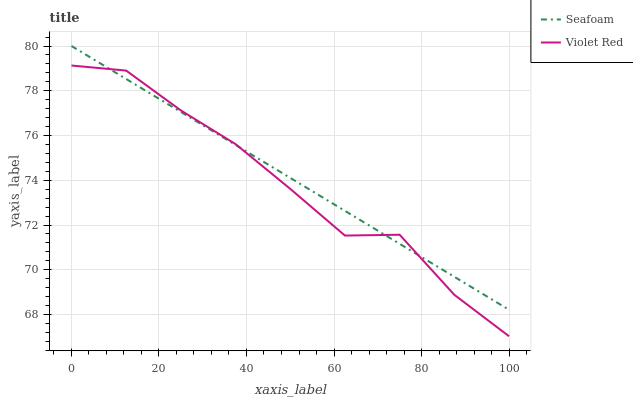
| xaxis_label | Seafoam | Violet Red |
 | --- | --- | --- |
 | 0 | 80 | 79.1 |
 | 12.5 | 78.5 | 78.9 |
 | 25 | 77.1 | 77.1 |
 | 37.5 | 75.6 | 75.6 |
 | 50 | 74.1 | 73.6 |
 | 62.5 | 72.6 | 71.5 |
 | 75 | 71.2 | 71.6 |
 | 87.5 | 69.7 | 68.9 |
 | 100 | 68.2 | 67 |